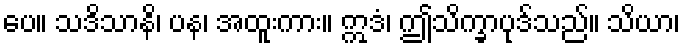
ပေ။ သဒိသာနိ၊ ပန၊ အထူးကား။ ဣဒံ၊ ဤသိက္ခာပုဒ်သည်။ သိယာ၊